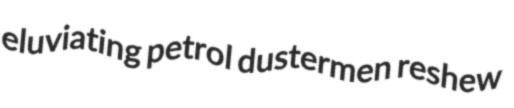
eluviating petrol dustermen reshew